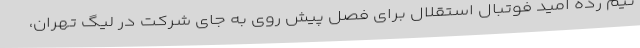
تیم رده امید فوتبال استقلال برای فصل پیش روی به جای شرکت در لیگ تهران،